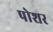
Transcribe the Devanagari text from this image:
पोशर